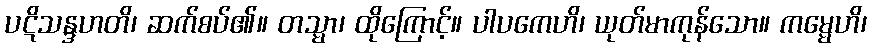
ပဋိသန္ဒဟတိ၊ ဆက်စပ်၏။ တသ္မာ၊ ထိုကြောင့်။ ပါပကေဟိ၊ ယုတ်မာကုန်သော။ ကမ္မေဟိ၊